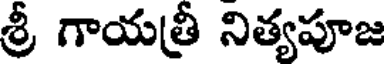
శ్రీ గాయత్రీ నిత్యపూజ